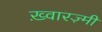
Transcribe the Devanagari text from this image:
ख़्वारज़्मी